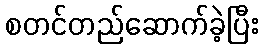
စတင်တည်ဆောက်ခဲ့ပြီး